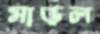
মাড়ল